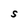
Character: S